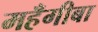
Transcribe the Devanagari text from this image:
महँगीबा